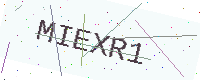
Text: MIEXR1